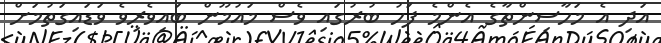
އަދި އެ މަހާސިންތާގެ އެންމެ ފަހު ބުރުގައި ވެސް މައުމޫން ބައިވެރިވެ ވަޑައިގަތުމަށް